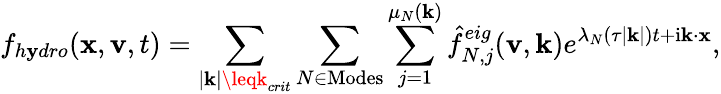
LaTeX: f_{h\mathbf{y}dro}(\mathbf{{x}},\mathbf{{v}},t)=\sum_{|\mathbf{{k}}|\leqk_{crit}}\sum_{N\in\mathrm{{Modes}}}\sum_{j=1}^{\mu_{N}(\mathbf{{k}})}\hat{{f}}_{N,j}^{eig}(\mathbf{{v}},\mathbf{{k}})e^{\lambda_{N}(\tau|\mathbf{{k}}|)t+\mathrm{{i}}\mathbf{{k}}\cdot\mathbf{{x}}},